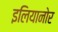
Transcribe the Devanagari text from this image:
इलियानोर